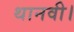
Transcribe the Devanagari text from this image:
थानवी।